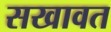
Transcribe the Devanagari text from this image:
सखावत